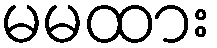
မမထား